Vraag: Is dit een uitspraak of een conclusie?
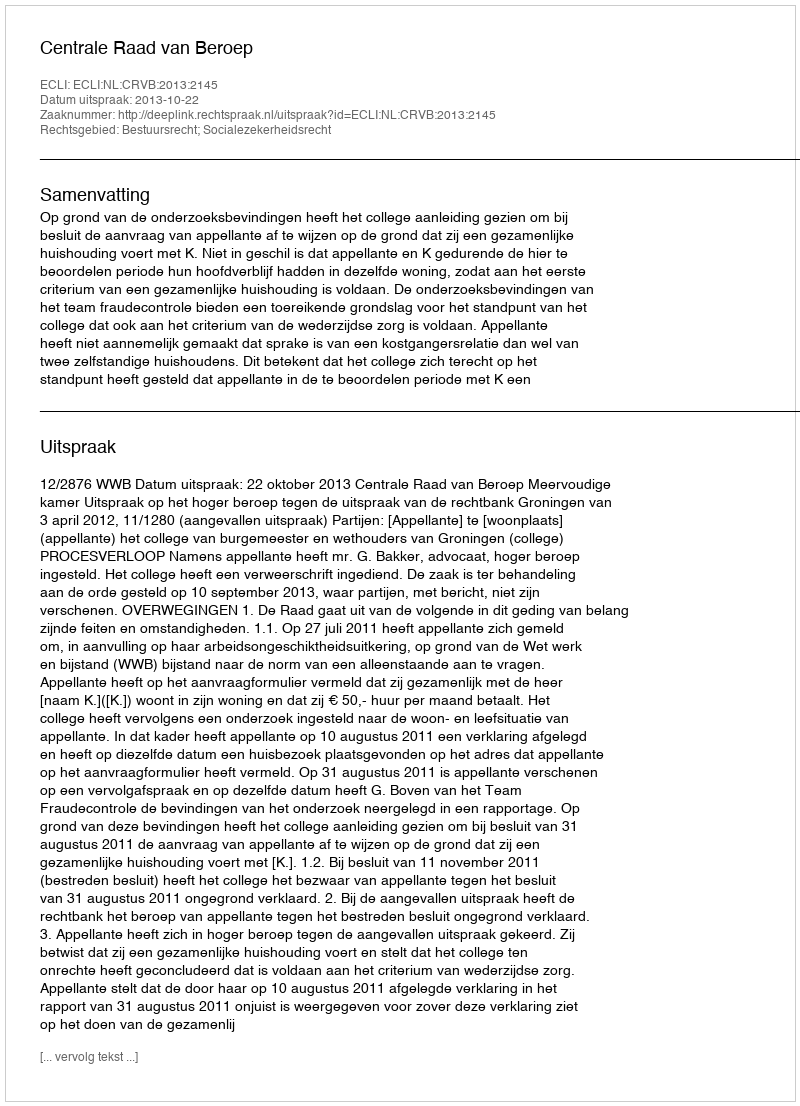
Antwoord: Uitspraak